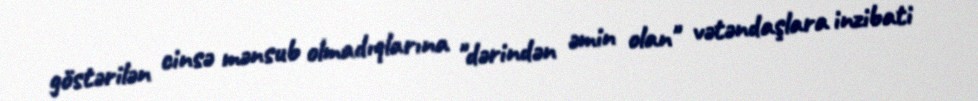
göstərilən cinsə mənsub olmadıqlarına "dərindən əmin olan" vətəndaşlara inzibati